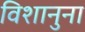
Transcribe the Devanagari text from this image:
विशानुना